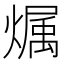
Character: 𪹳